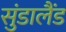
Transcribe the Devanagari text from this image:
सुंडालैंड